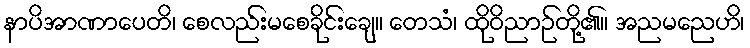
နာပိအာဏာပေတိ၊ စေလည်းမစေခိုင်းချေ။ တေသံ၊ ထိုဝိညာဉ်တို့၏။ အညမညေဟိ၊